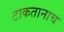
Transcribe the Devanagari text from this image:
टाकतानाच